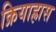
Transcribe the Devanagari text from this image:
क्रियाह्रास